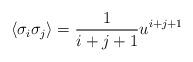
LaTeX: \begin{align*}\langle \sigma_i \sigma_j \rangle = \frac{1}{i+j+1} u^{i+j+1}\end{align*}